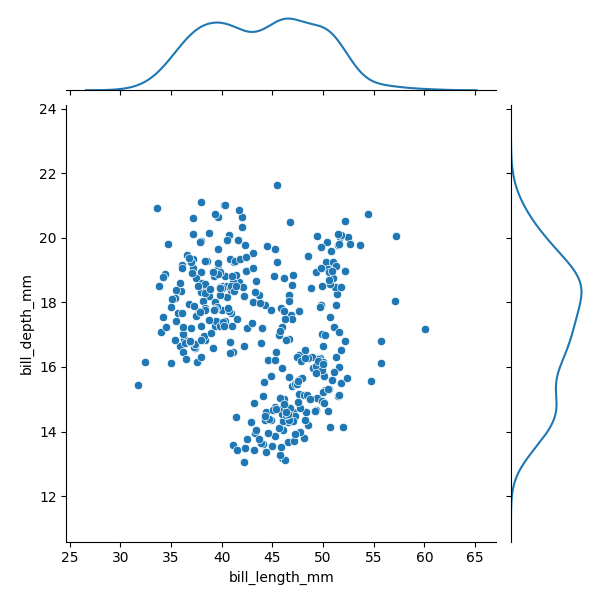
python, seaborn, JointGrid, scatterplot, kdeplot